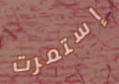
إستمرت